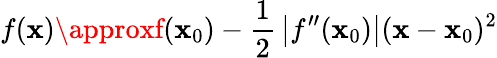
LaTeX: f(\mathbf{x})\approxf(\mathbf{x}_{0})-{\frac{{1}}{{2}}}\left|f^{\prime\prime}(\mathbf{x}_{0})\right|(\mathbf{x}-\mathbf{x}_{0})^{2}